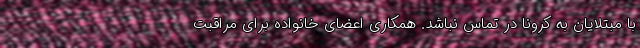
با مبتلایان به کرونا در تماس نباشد. همکاری اعضای خانواده برای مراقبت